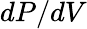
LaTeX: dP/dV